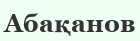
Абақанов